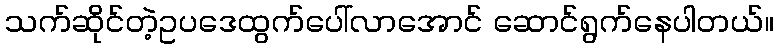
သက်ဆိုင်တဲ့ဥပဒေထွက်ပေါ်လာအောင် ဆောင်ရွက်နေပါတယ်။